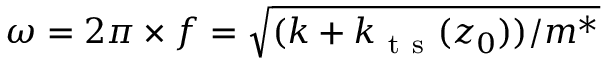
\omega = 2 \pi \times f = \sqrt { ( k + k _ { \mathrm { ~ t ~ s ~ } } ( z _ { 0 } ) ) / m ^ { * } }